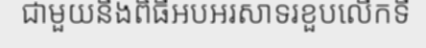
ជាមួយនឹងពិធីអបអរសាទរខួបលើកទី